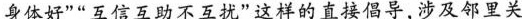
身体好”“互信互助不互扰”这样的直接倡导，涉及邻里关